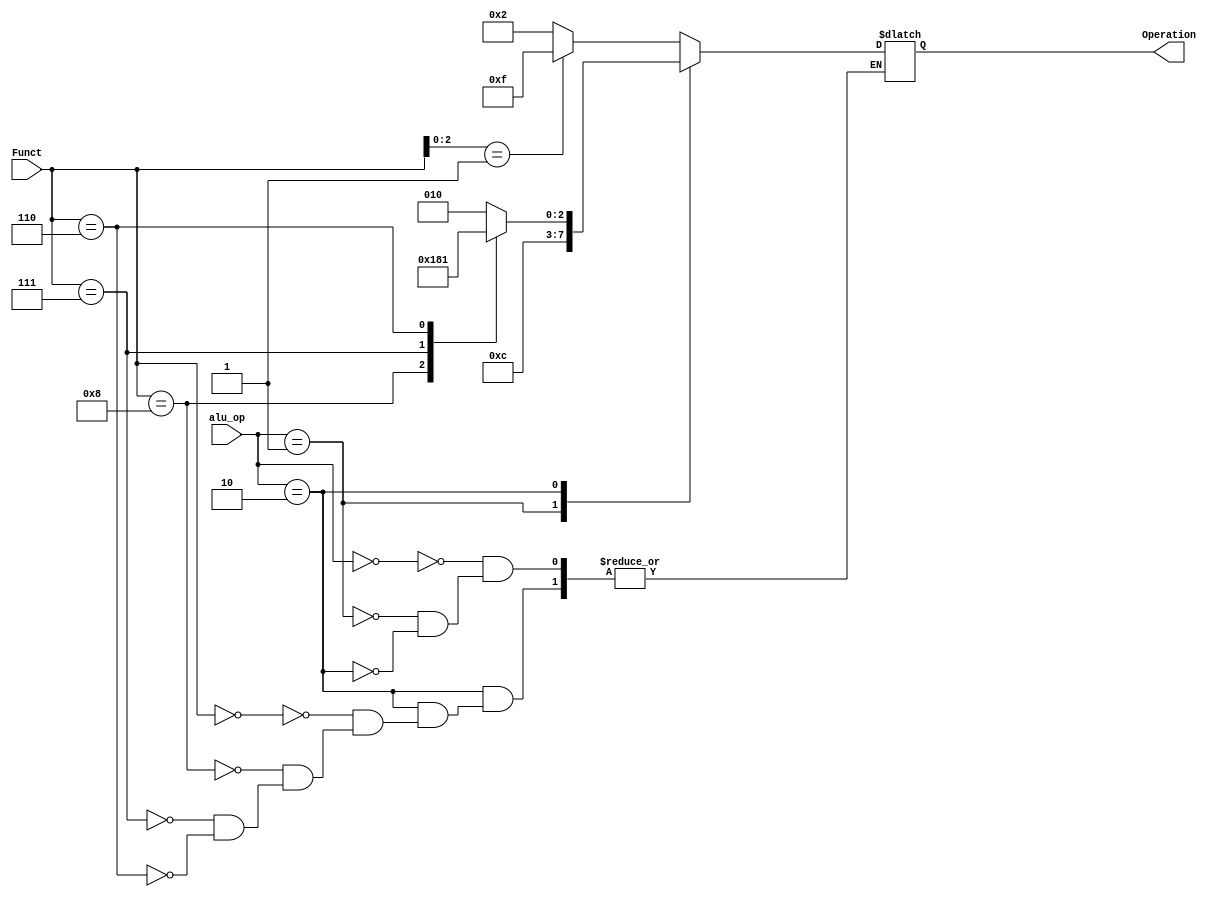
`timescale 1ns / 1ps



module alu_control
  (
   input [1:0]		alu_op,
   input [3:0]		Funct,
   output reg [3:0]	Operation
   );
   always @ (alu_op or Funct)
	 begin
		case(alu_op)
		  2'b00:
			begin
			   if(Funct[2:0]==001)
				 begin
					Operation=4'b1111;
				 end
			   else
				 begin
                    Operation = 4'b0010;
                 end
            end
		  2'b01: Operation = 4'b0110;
		  2'b10:
			begin
			   case(Funct)
				 4'b0000: Operation = 4'b0010;
				 4'b1000: Operation = 4'b0110;
				 4'b0111: Operation = 4'b0000;
				 4'b0110: Operation = 4'b0001;
			   endcase
			end
		endcase
	 end
endmodule